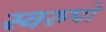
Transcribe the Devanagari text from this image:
स्वरुपो